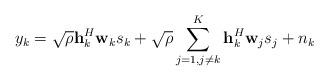
LaTeX: \begin{align*} y_k=\sqrt{\rho}\mathbf{h}_k^H \mathbf{w}_k s_k+ \sqrt{\rho} \sum_{j=1,j\neq k}^K\mathbf{h}_k^H \mathbf{w}_j s_j + n_k\end{align*}